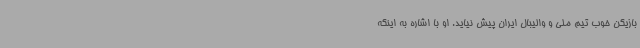
بازیکن‌ خوب تیم‌ ملی و والیبال ایران پیش نیاید. او با اشاره به اینکه